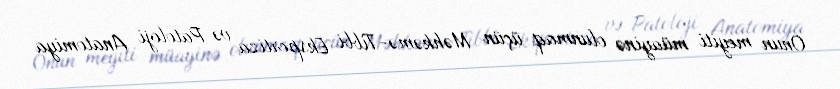
Onun meyiti müayinə olunmaq üçün Məhkəmə-Tibbi Ekspertiza və Patoloji Anatomiya